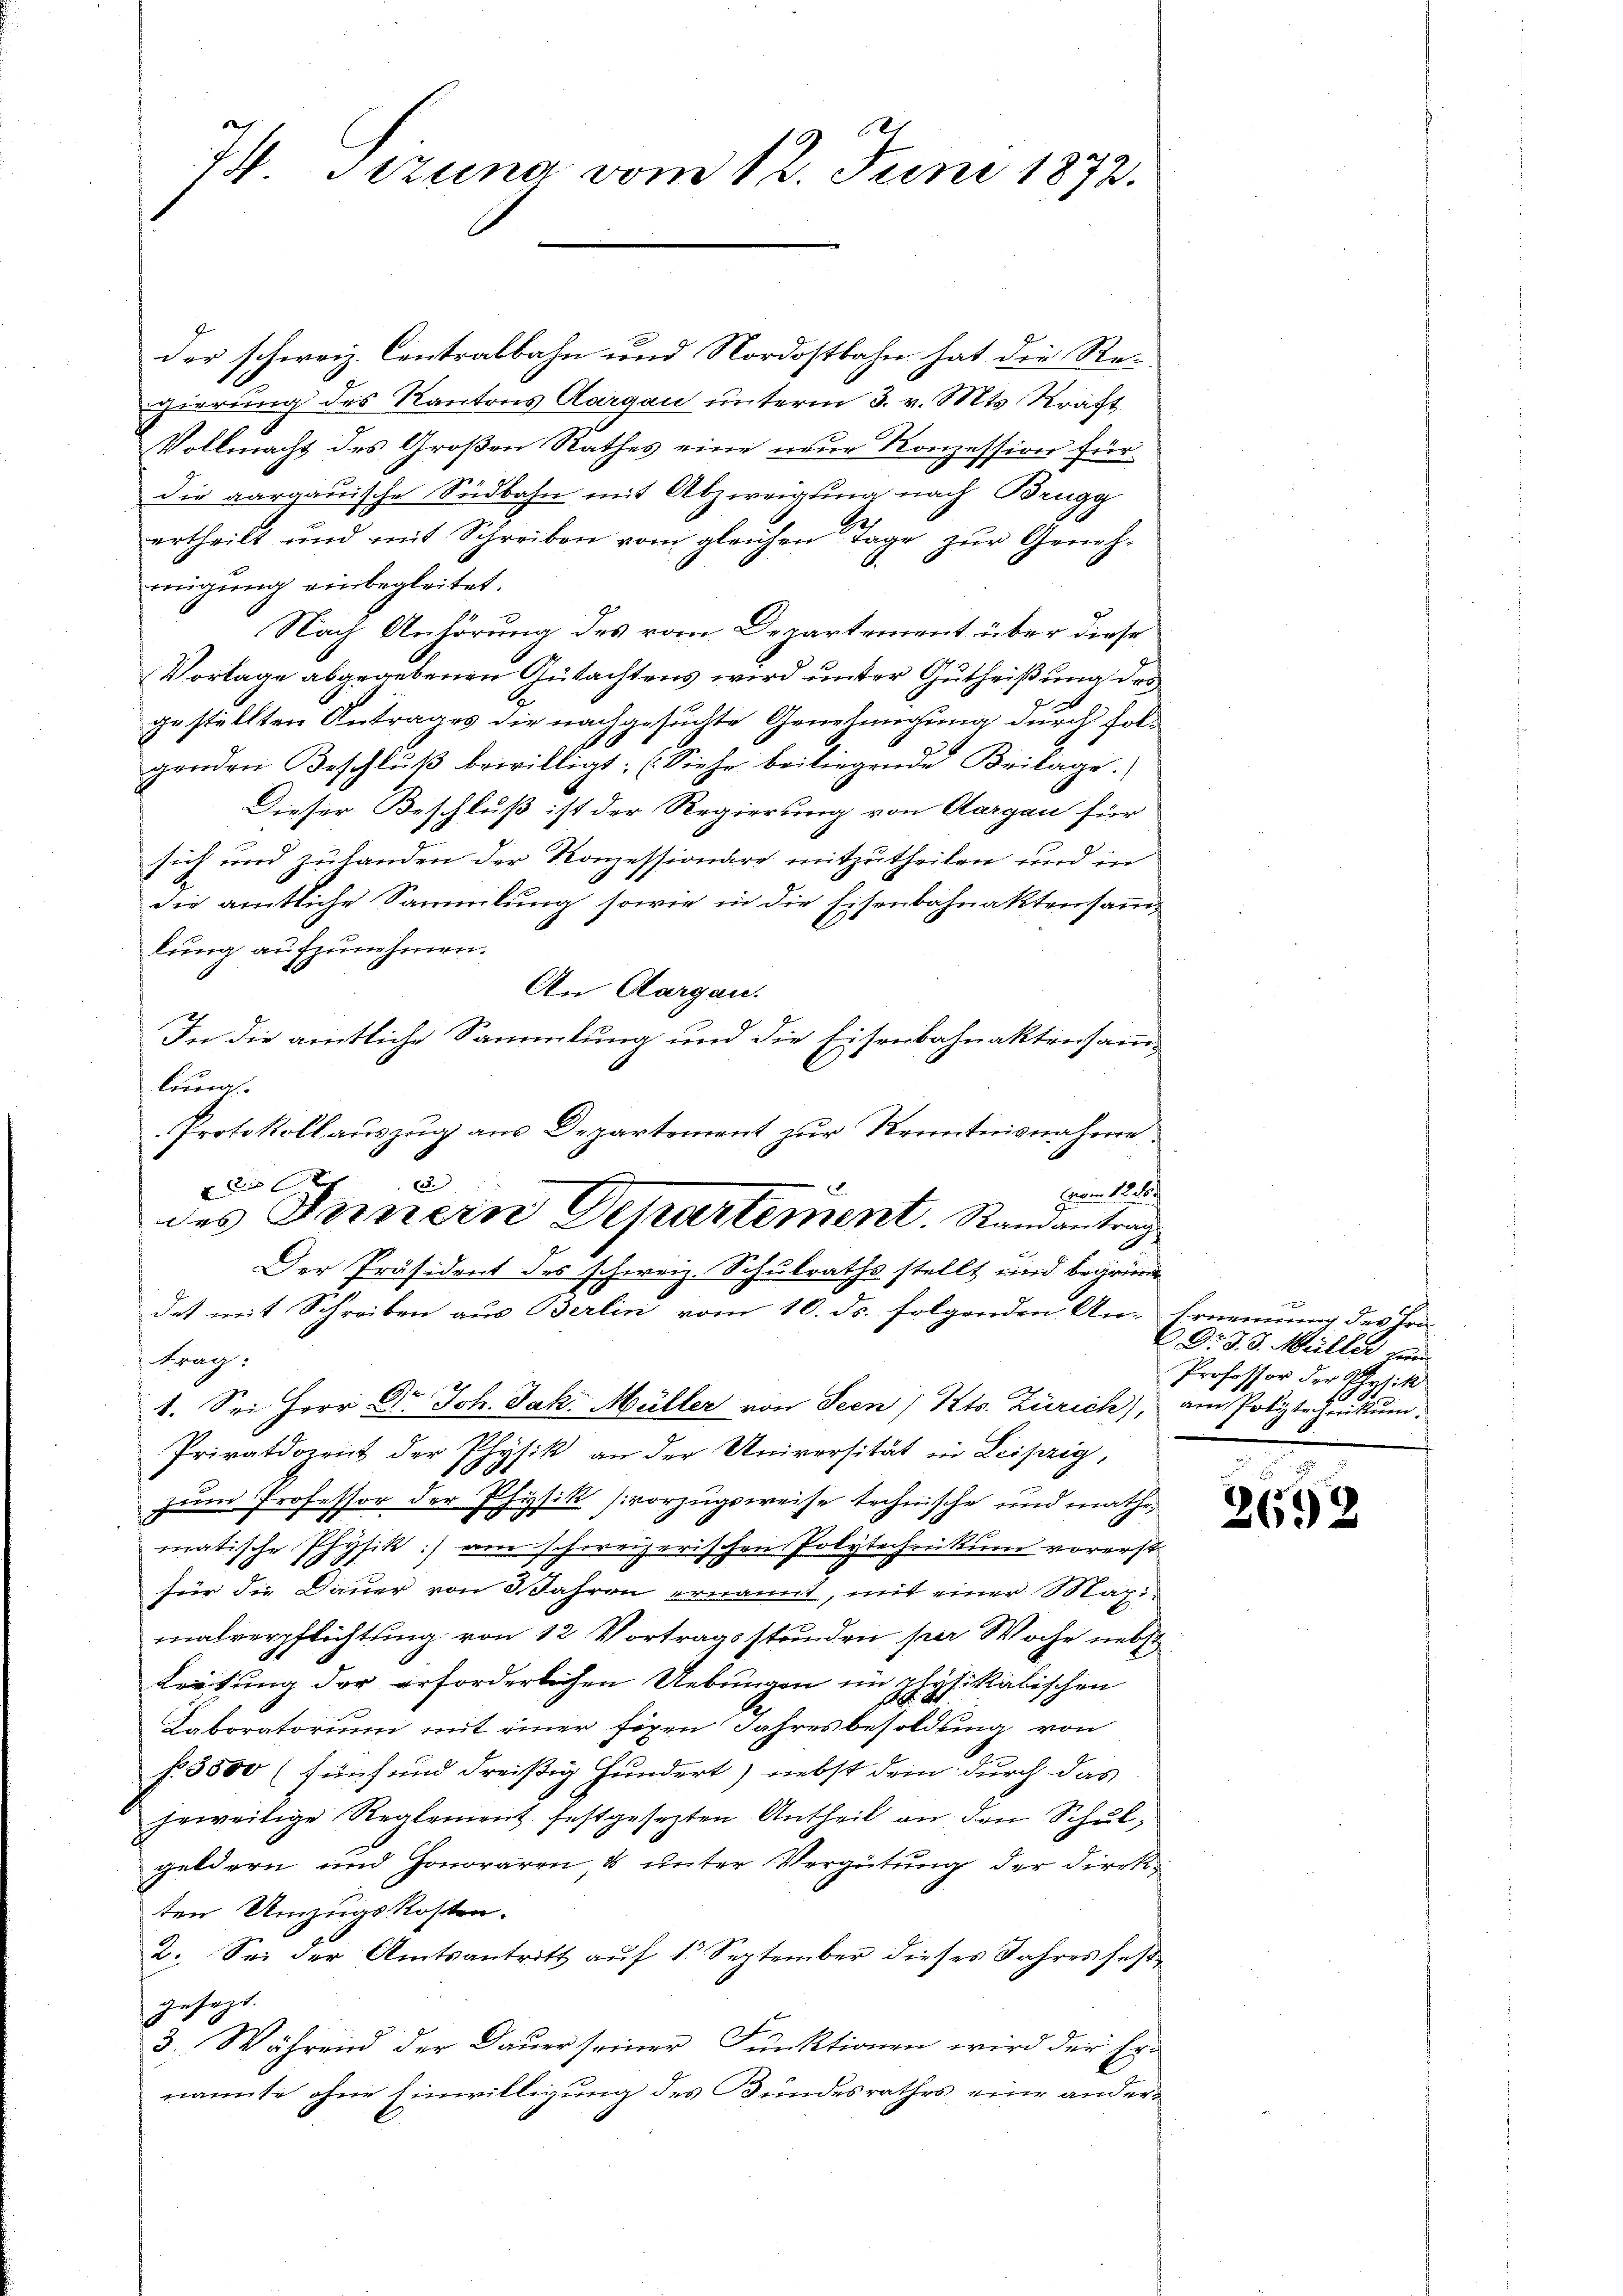
74. Sezuna vom 12. Juni 1872.

der schweiz. Centralbahn und Nordostbahn hat die Re-
gierung des Kantons Aargau unterm 3. v. Mts. Kräft
Vollmacht des Großen Rathes eine neue Konzession für
die aargauische Südbahn mit Abzweigung nach Brugg
ertheilt und mit Schreiben vom gleichen Tage zŭr Geneh-
migung einbegleitet.
Nach Anhörung des vom Departement über diese
Vorlage abgegebenen Gutachtens wird unter Gutheißung des
gestellten Antrages die nachgesuchte Genehmigung durch folgenden Beschluß bewilligt: (Siehe beiliegende Beilage.
Dieser Beschluß ist der Regierung von Aargau für
sich und zu landen der Konzessionäre mitzutheilen und in
die amtliche Sammlung sowie in die Eisenbahnaktensamml
lung aufzunehmen.
An Aargau.
In die amtliche Sammlung und die Eisenbahnaktensamlung.
Protokoll auszug aus Departement zur Kenntnisnahme
 xx
m 12. der
dat mit Schreiben aus Berlin vom 10. ds. folgenden An-Ernennung des Fra-
Frag
e
1. Sei Herr Dr. Joh. Jak. Müller von Seen / Kts. Zürich) am Potiztechenkun
Privatdozent der Physik an der Universität in Leipzig,
zum Professor der Physik vorzugsweise technische und mathe,
matische Physik] am schweizerischen Polytechnikum vorerst
für die Dauer von 3 Jahren ernannt, mit einer Maximalverpflichtung von 12 Vortragsstunden per Woche nebst
Lietung der erforderlichen Uebungen im physikalischen
Laboratorium mit einer fixen Jahresbesoldung von
f 3500 (fünf und dreißig Hundert) nebst dem durch das
jeweilige Reglement festgesezten Antheil an den Schulgeldern und Honoraren, & unter Vergütung der Direkten Umzugskosten.
2. Sei der Amtsantritt auf 1. September dieses Jahres festgesezt.
3. Während der Dauer seiner Funktionen wird der Ernannte ohne Einwilligung des Bundesrathes eine ander¬

u
des Innern Departement. Randantrag
Der Präsident des schweiz. Schulraths stellt und begründ

Dr J. J. Müller wie
Professor der Physik

2692